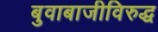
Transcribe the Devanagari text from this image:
बुवाबाजीविरुद्ध